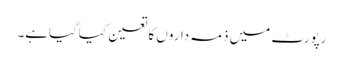
رپورٹ میں ذمہ داروں کاتعین کیاگیاہے۔